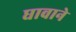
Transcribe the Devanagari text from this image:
घावाने